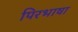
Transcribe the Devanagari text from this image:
पिरभाषा